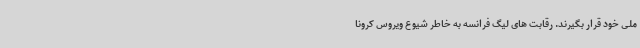
ملی خود قرار بگیرند. رقابت های لیگ فرانسه به خاطر شیوع ویروس کرونا